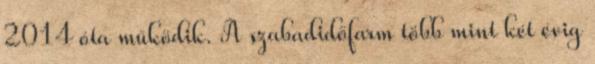
2014 óta működik. A szabadidőfarm több mint két évig